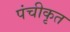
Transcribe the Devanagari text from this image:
पंचीकृत